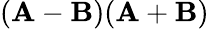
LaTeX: (\mathbf{A}-\mathbf{B})(\mathbf{A}+\mathbf{B})